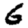
Digit: 6